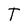
Character: T